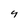
Character: 4